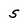
Character: 5